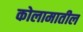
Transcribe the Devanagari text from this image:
कोलामातील